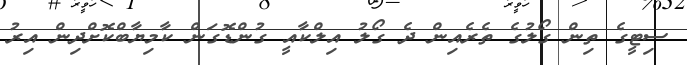
ސިޓީގެ ތިން ގޯލުގެ ތެރެއިން ދެ ގޯލު އިލްކާއީ ގުންޑޮގަން ކާމިޔާބްކޮށްދިން އިރު